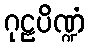
ဂုဠပိဏ္ဍံ